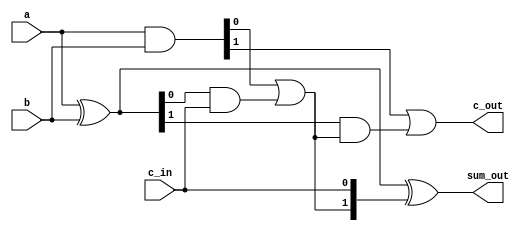
module two_bits_fastadder(sum_out,c_out,a,b,c_in);
	input [1:0] a,b;
	input c_in;
	output [1:0] sum_out;
	output c_out;
	wire [2:0] g,p,c;
		assign g=a&b;//
		assign p=a^b;
		assign c[0]=c_in;
		assign c[1]=g[0]|p[0]&c[0];
		assign c[2]=g[1]|p[1]&c[1];
		assign sum_out=p^c[1:0];//
		assign c_out=c[2];
endmodule